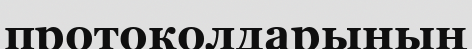
протоколдарының